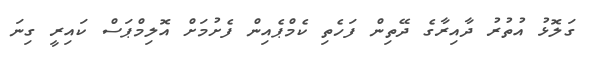
ގަލޮޅު އުތުރު ދާއިރާގެ ދޭތިން ފަހެތި ކެމްޕެއިން ފެށުމަށް އޮލިމްޕަސް ކައިރީ ގިނަ